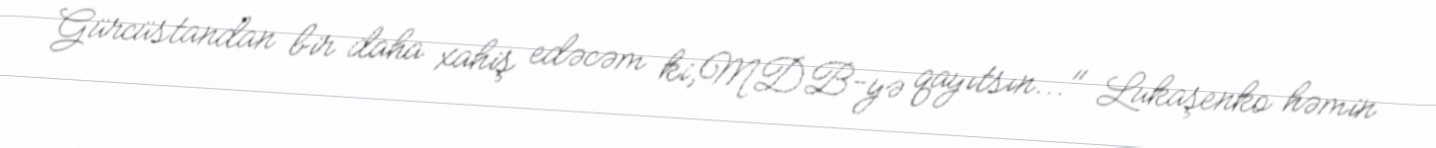
Gürcüstandan bir daha xahiş edəcəm ki,MDB-yə qayıtsın..." Lukaşenko həmin